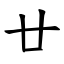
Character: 廿